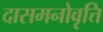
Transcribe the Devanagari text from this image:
दासमनोवृत्ति